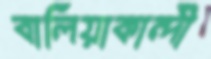
বালিয়াকান্দী